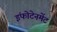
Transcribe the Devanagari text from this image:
इंफोटेनमेंट